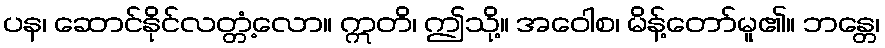
ပန၊ ဆောင်နိုင်လတ္တံ့လော။ ဣတိ၊ ဤသို့။ အဝေါစ၊ မိန့်တော်မူ၏။ ဘန္တေ၊